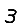
Digit: 3